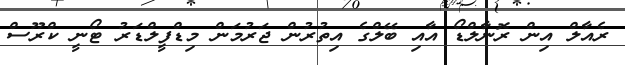
ރެއާލް އިން ރޮނާލްޑޯ އާއި ބޭލްގެ އިތުރުން ޖަރުމަން މިޑްފީލްޑަރު ޓޯނީ ކްރޫސް